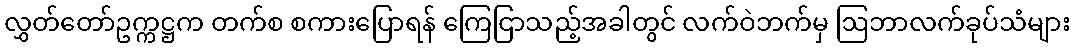
လွှတ်တော်ဥက္ကဋ္ဌက တက်စ စကားပြောရန် ကြေငြာသည့်အခါတွင် လက်ဝဲဘက်မှ ဩဘာလက်ခုပ်သံများ